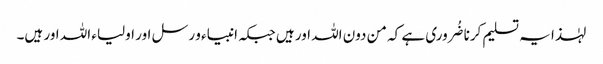
لہٰذا یہ تسلیم کرنا ضُروری ہے کہ من دون اللہ اور ہیں جبکہ انبیاء و رسل اور اولیاء اللہ اور ہیں۔